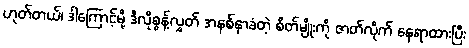
ဟုတ်တယ်၊ ဒါကြောင့်မို့ ဒီလိုစွန့်လွှတ် အနစ်နာခံတဲ့ စိတ်မျိုးကို ဇာတ်လိုက် နေရာထားပြီး